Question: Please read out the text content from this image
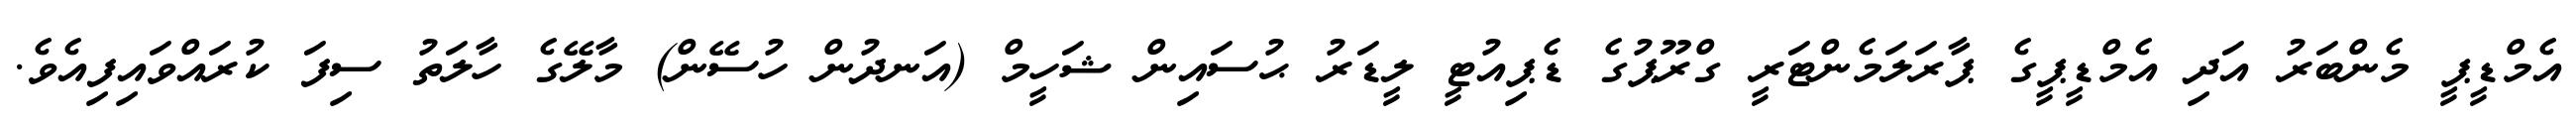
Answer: އެމްޑީޕީ މެންބަރު އަދި އެމްޑީޕީގެ ޕާރަލަމެންޓަރީ ގްރޫޕުގެ ޑެޕިއުޓީ ލީޑަރު ޙުސައިން ޝަހީމް (އަނދުން ހުސޭން) މާލޭގެ ހާލަތު ސިފަ ކުރައްވައިފިއެވެ.